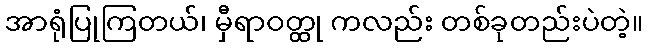
အာရုံပြုကြတယ်၊ မှီရာဝတ္ထု ကလည်း တစ်ခုတည်းပဲတဲ့။